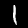
Label: 1